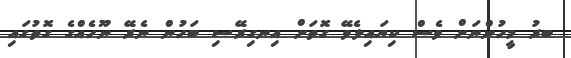
ބރު މީހުންނަށް ވެސް ކިޔައިލެވޭ ގޮތަށް އިނގިރޭސި ބަހުން ނެރޭ ނޫހެއްގެ ގޮތުގައި